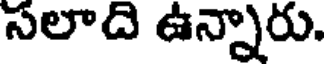
సలాది ఉన్నారు.